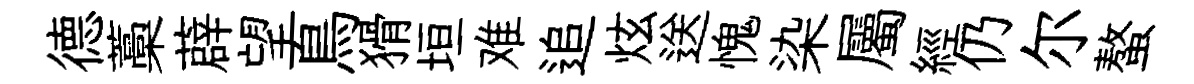
德藁薜望鳥猾垣难追炫送愧染屬經仍尔螯